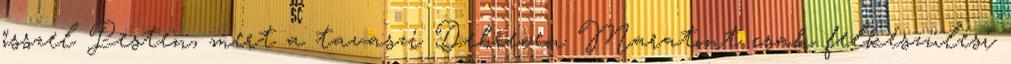
ősszel Pesten, mert a tavaszi Debrecen Maratont csak felkészülési